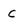
Character: c